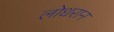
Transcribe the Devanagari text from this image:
लोधरान